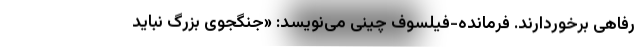
رفاهی برخوردارند. فرمانده-فیلسوف چینی می‌نویسد: «جنگجوی بزرگ نباید